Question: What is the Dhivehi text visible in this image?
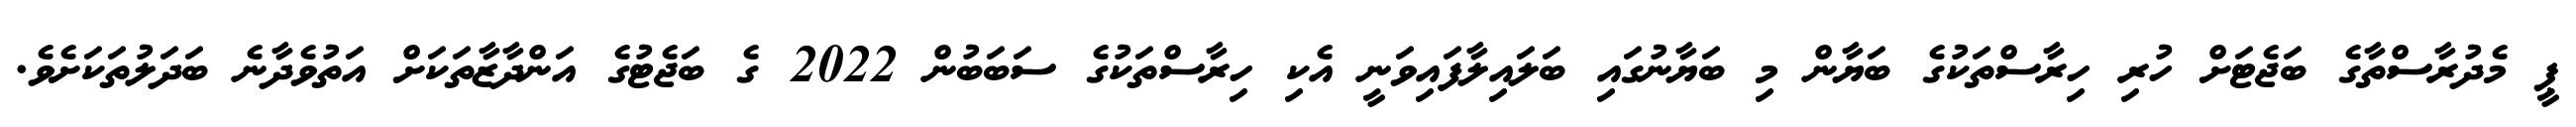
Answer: ޕީ މެދުރާސްތާގެ ބަޖެޓަށް ހުރި ހިރާސްތަކުގެ ބަޔާން މި ބަޔާނުގައި ބަލައިލާފައިވަނީ އެކި ހިރާސްތަކުގެ ސަބަބުން 2022 ގެ ބަޖެޓުގެ އަންދާޒާތަކަށް އަތުވެދާނެ ބަދަލުތަކަށެވެ.